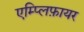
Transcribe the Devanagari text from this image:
एम्प्लिफ़ायर